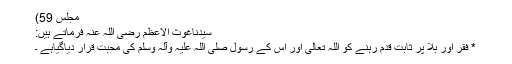
مجلس 59)
سیّدناغوث الاعظم رضی اللہ عنہٗ فرماتے ہیں:
* فقر اور بلا پر ثابت قدم رہنے کو اللہ تعالیٰ اور اس کے رسول صلی اللہ علیہ وآلہٖ وسلم کی محبت قرار دیاگیاہے ۔